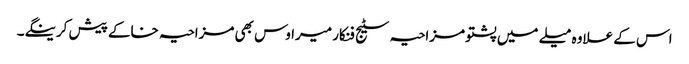
اس کے علاوہ میلے میں پشتو مزاحیہ سٹیج فنکار میراوس بھی مزاحیہ خاکے پیش کرینگے۔